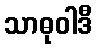
သာဓုဝါဒီ